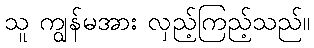
သူ ကျွန်မအား လှည့်ကြည့်သည်။